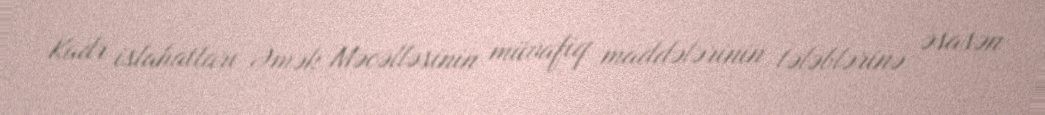
Kadr islahatları Əmək Məcəlləsinin müvafiq maddələrinin tələblərinə əsasən